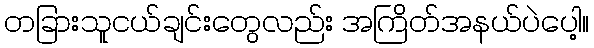
တခြားသူငယ်ချင်းတွေလည်း အကြိတ်အနယ်ပဲပေါ့။